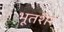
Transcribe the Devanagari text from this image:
भूतशेर